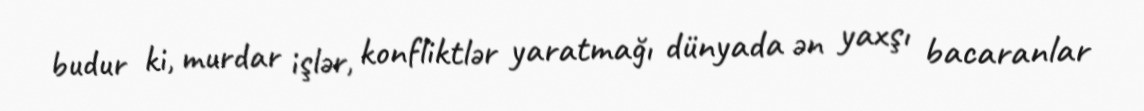
budur ki, murdar işlər, konfliktlər yaratmağı dünyada ən yaxşı bacaranlar